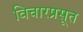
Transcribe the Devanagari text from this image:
विचारप्रसूत